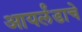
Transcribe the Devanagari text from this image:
आयर्लंडाचे